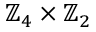
\mathbb { Z } _ { 4 } \times \mathbb { Z } _ { 2 }